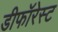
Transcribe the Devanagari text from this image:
डीफॉरेस्ट